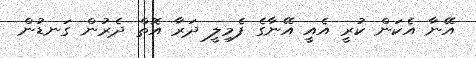
އޭނާ އެކަން ކުރީ އެއީ އޭނާގެ ފެމިލީ ދަރާ އޮތް ދެރުން ގަނޑުން